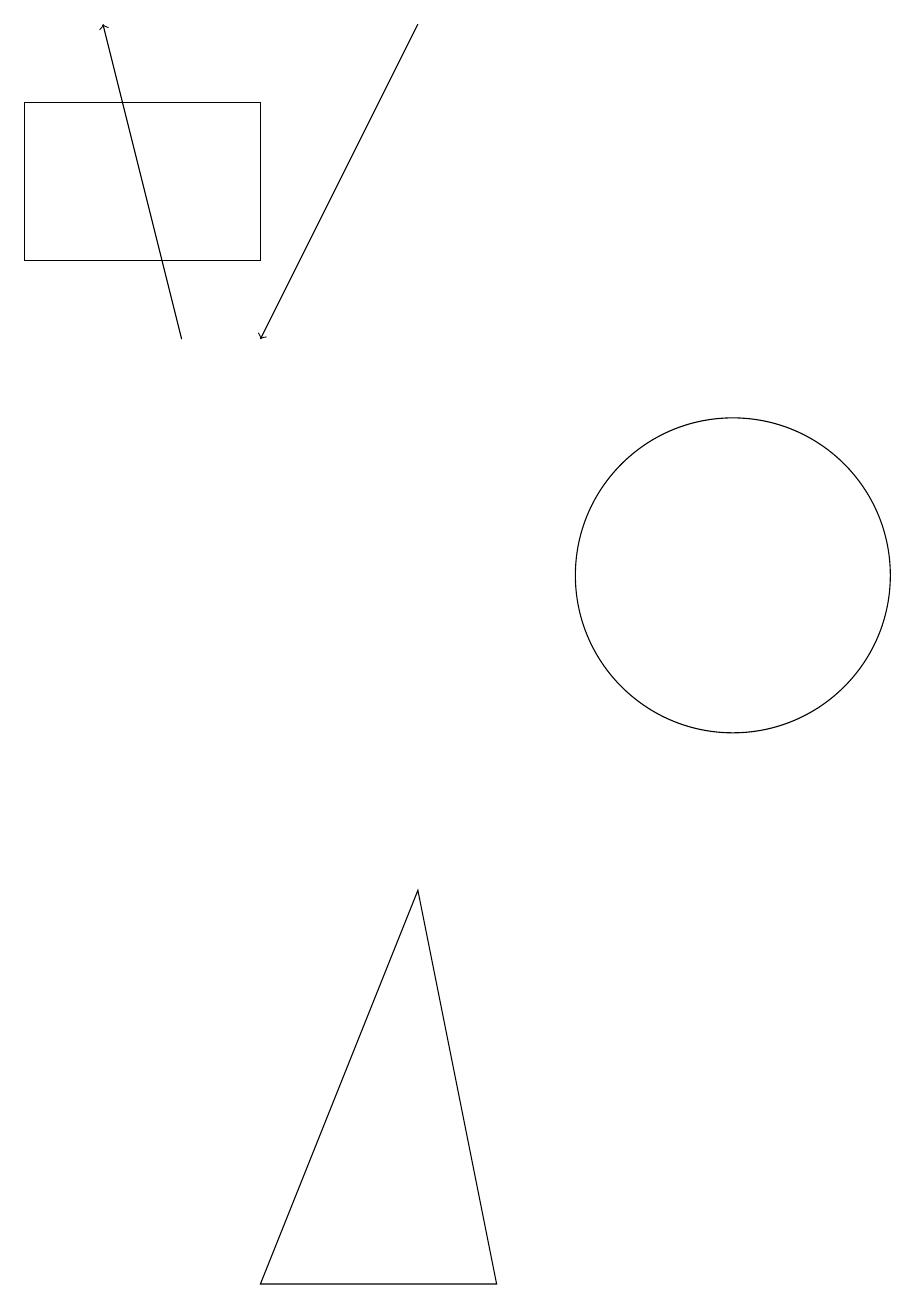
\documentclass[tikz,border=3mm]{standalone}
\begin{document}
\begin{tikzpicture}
\draw (10,11) circle (2);
\draw[->] (6,18) -- (4,14);
\draw (4,2) -- (7,2) -- (6,7) -- cycle;
\draw (11,11) circle (0);
\draw (4,15) rectangle (1,17);
\draw[->] (3,14) -- (2,18);
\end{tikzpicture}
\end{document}